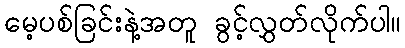
မေ့ပစ်ခြင်းနဲ့အတူ ခွင့်လွှတ်လိုက်ပါ။